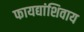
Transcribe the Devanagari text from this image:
फायद्यांशिवाय